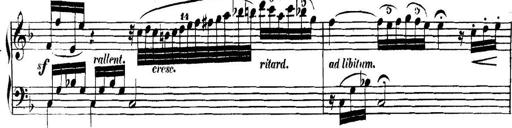
Title: Collected Piano Sonatas
Composer: Muzio Clementi